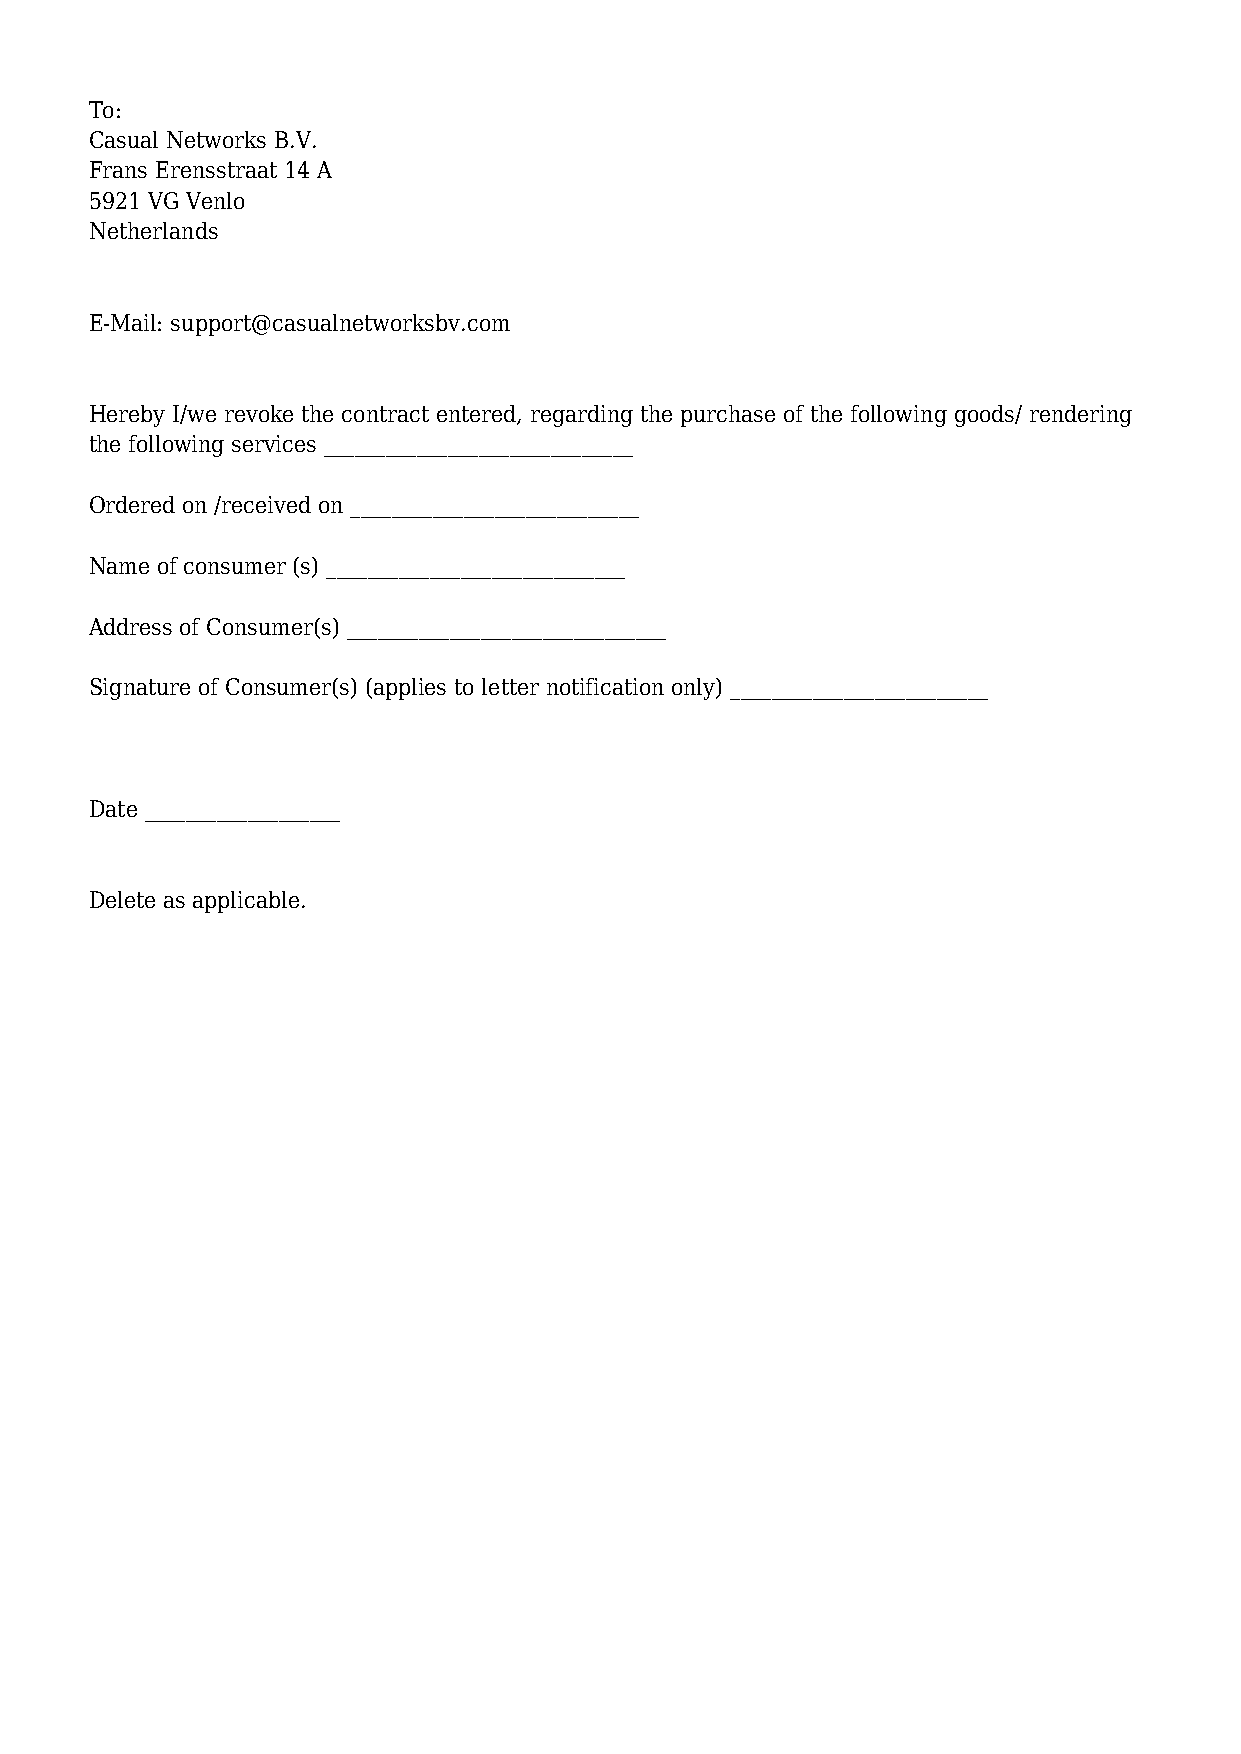
To:
 Casual Networks B.V.
 Frans Erensstraat 14 A
 5921 VG Venlo
 Netherlands
 E-Mail: support@casualnetworksbv.com
 Hereby I/we revoke the contract entered, regarding the purchase of the following goods/ rendering
 the following services ______________________________
 Ordered on /received on ____________________________
 Name of consumer (s) _____________________________
 Address of Consumer(s) _______________________________
 Signature of Consumer(s) (applies to letter notification only) _________________________
 Date ___________________
 Delete as applicable.